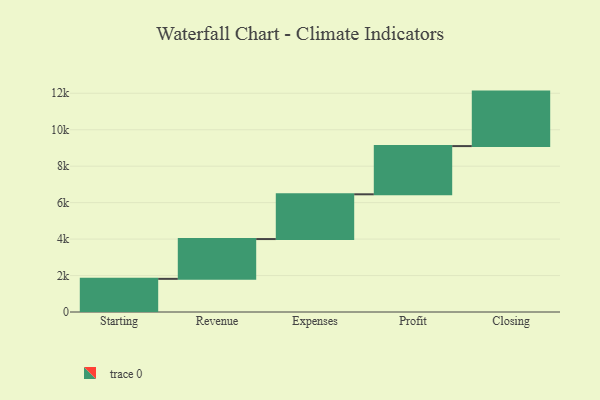
{"axis": {"x": "Step", "y": "Value"}, "legend": [""], "data": [{"x": "Starting", "y": 1819.0, "type": ""}, {"x": "Revenue", "y": 2183.0, "type": ""}, {"x": "Expenses", "y": 2456.0, "type": ""}, {"x": "Profit", "y": 2645.0, "type": ""}, {"x": "Closing", "y": 2990.0, "type": ""}]}